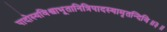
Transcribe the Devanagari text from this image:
पादोस्यविश्वाभूतानित्रिपादस्यामृतन्दिवि॥३॥